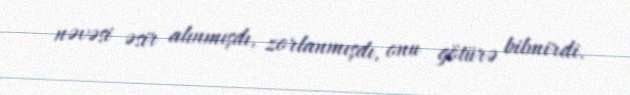
nəvəsi əsir alınmışdı, zorlanmışdı, onu götürə bilmirdi.